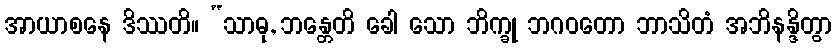
အာယာစနေ ဒိဿတိ။ “သာဓု, ဘန္တေတိ ခေါ သော ဘိက္ခု ဘဂဝတော ဘာသိတံ အဘိနန္ဒိတွာ